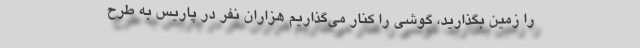
را زمین بگذارید، گوشی‌ را کنار می‌گذاریم هزاران نفر در پاریس به طرح